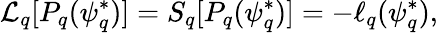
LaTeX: \mathcal{L}_{q}[P_{q}(\psi_{q}^{*})]=S_{q}[P_{q}(\psi_{q}^{*})]=-\ell_{q}(\psi_{q}^{*}),